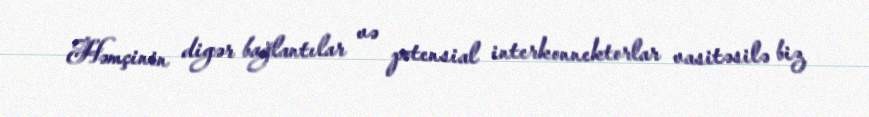
Həmçinin digər bağlantılar və potensial interkonnektorlar vasitəsilə biz